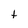
Character: t